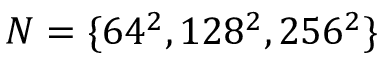
N = \{ 6 4 ^ { 2 } , 1 2 8 ^ { 2 } , 2 5 6 ^ { 2 } \}